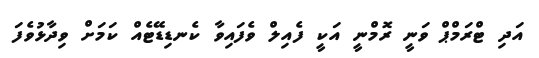
އަދި ޓްރަމްޕް ވަނީ ރޮމްނީ އަކީ ފެއިލް ވެފައިވާ ކެނޑިޑޭޓެއް ކަަމަށް ވިދާޅުވެފަ